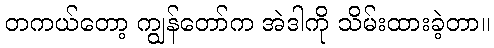
တကယ်တော့ ကျွန်တော်က အဲဒါကို သိမ်းထားခဲ့တာ။